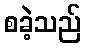
စခဲ့သည်